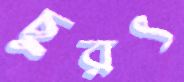
ছুরৎ